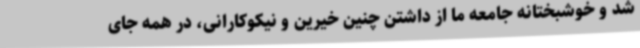
شد و خوشبختانه جامعه ما از داشتن چنین خیرین و نیکوکارانی، در همه جای